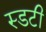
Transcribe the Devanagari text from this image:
स्डटी